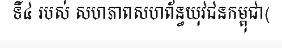
ទី៤ របស់ សហភាពសហព័ន្ធយុវជនកម្ពុជា(